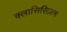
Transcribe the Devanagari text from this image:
क्लासिसिज़म